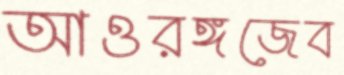
আওরঙ্গজেব